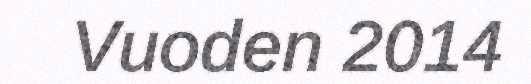
Vuoden 2014